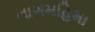
નાગમહિમા